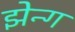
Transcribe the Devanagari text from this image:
झेन्ग